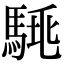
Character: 𩣛